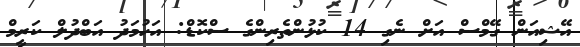
އޭޝިއަން ގޭމްސް އަށް ނެގި 14 ކުޅުންތެރިންގެ ސްކޮޑް: އަހުމަދު އަބްދުލް ކަރީމް